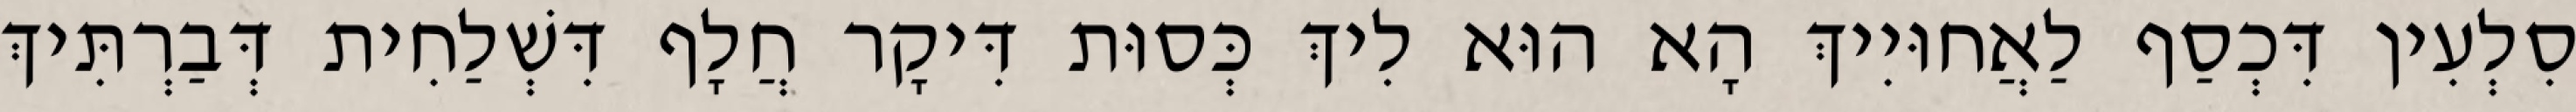
סִלְעִין דִּכְסַף לַאֲחוּיִיךְ הָא הוּא לִיךְ כְּסוּת דִּיקָר חֲלָף דִּשְׁלַחִית דְּבַרְתִּיךְ